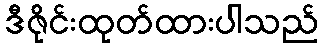
ဒီဇိုင်းထုတ်ထားပါသည်